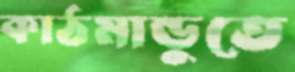
কাঠমান্ডুতে